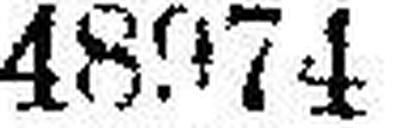
48974